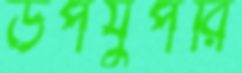
উপর্যুপরি